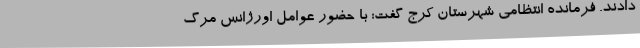
دادند. فرمانده انتظامی شهرستان کرج گفت: با حضور عوامل اورژانس مرگ